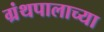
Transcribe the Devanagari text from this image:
ग्रंथपालाच्या